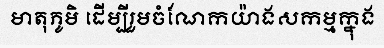
មាតុភូមិ ដើម្បីរួមចំណែកយ៉ាងសកម្មក្នុង